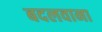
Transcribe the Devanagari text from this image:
बदलवाना